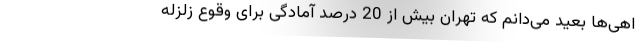
اهی‌ها بعید می‌دانم که تهران بیش از 20 درصد آمادگی برای وقوع زلزله